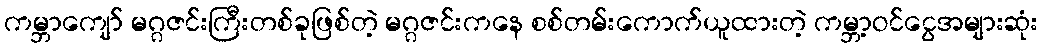
ကမ္ဘာကျော် မဂ္ဂဇင်းကြီးတစ်ခုဖြစ်တဲ့ မဂ္ဂဇင်းကနေ စစ်တမ်းကောက်ယူထားတဲ့ ကမ္ဘာ့ဝင်ငွေအများဆုံး